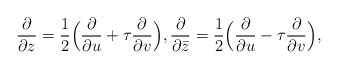
\begin{align*}\frac{\partial}{\partial z} = \frac{1}{2}\Big(\frac{\partial}{\partial u} + \tau\frac{\partial}{\partial v}\Big),\frac{\partial}{\partial \bar{z}} = \frac{1}{2}\Big(\frac{\partial}{\partial u} - \tau\frac{\partial}{\partial v}\Big),\end{align*}